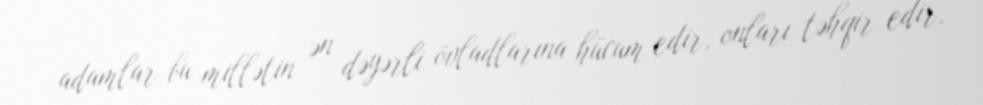
adamlar bu millətin ən dəyərli övladlarına hücum edir, onları təhqir edir,